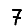
Digit: 7